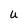
Character: U